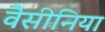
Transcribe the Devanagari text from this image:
वैसीनिया